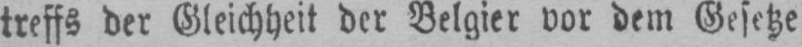
treffs der Gleichheit der Belgier vor dem Gesetze